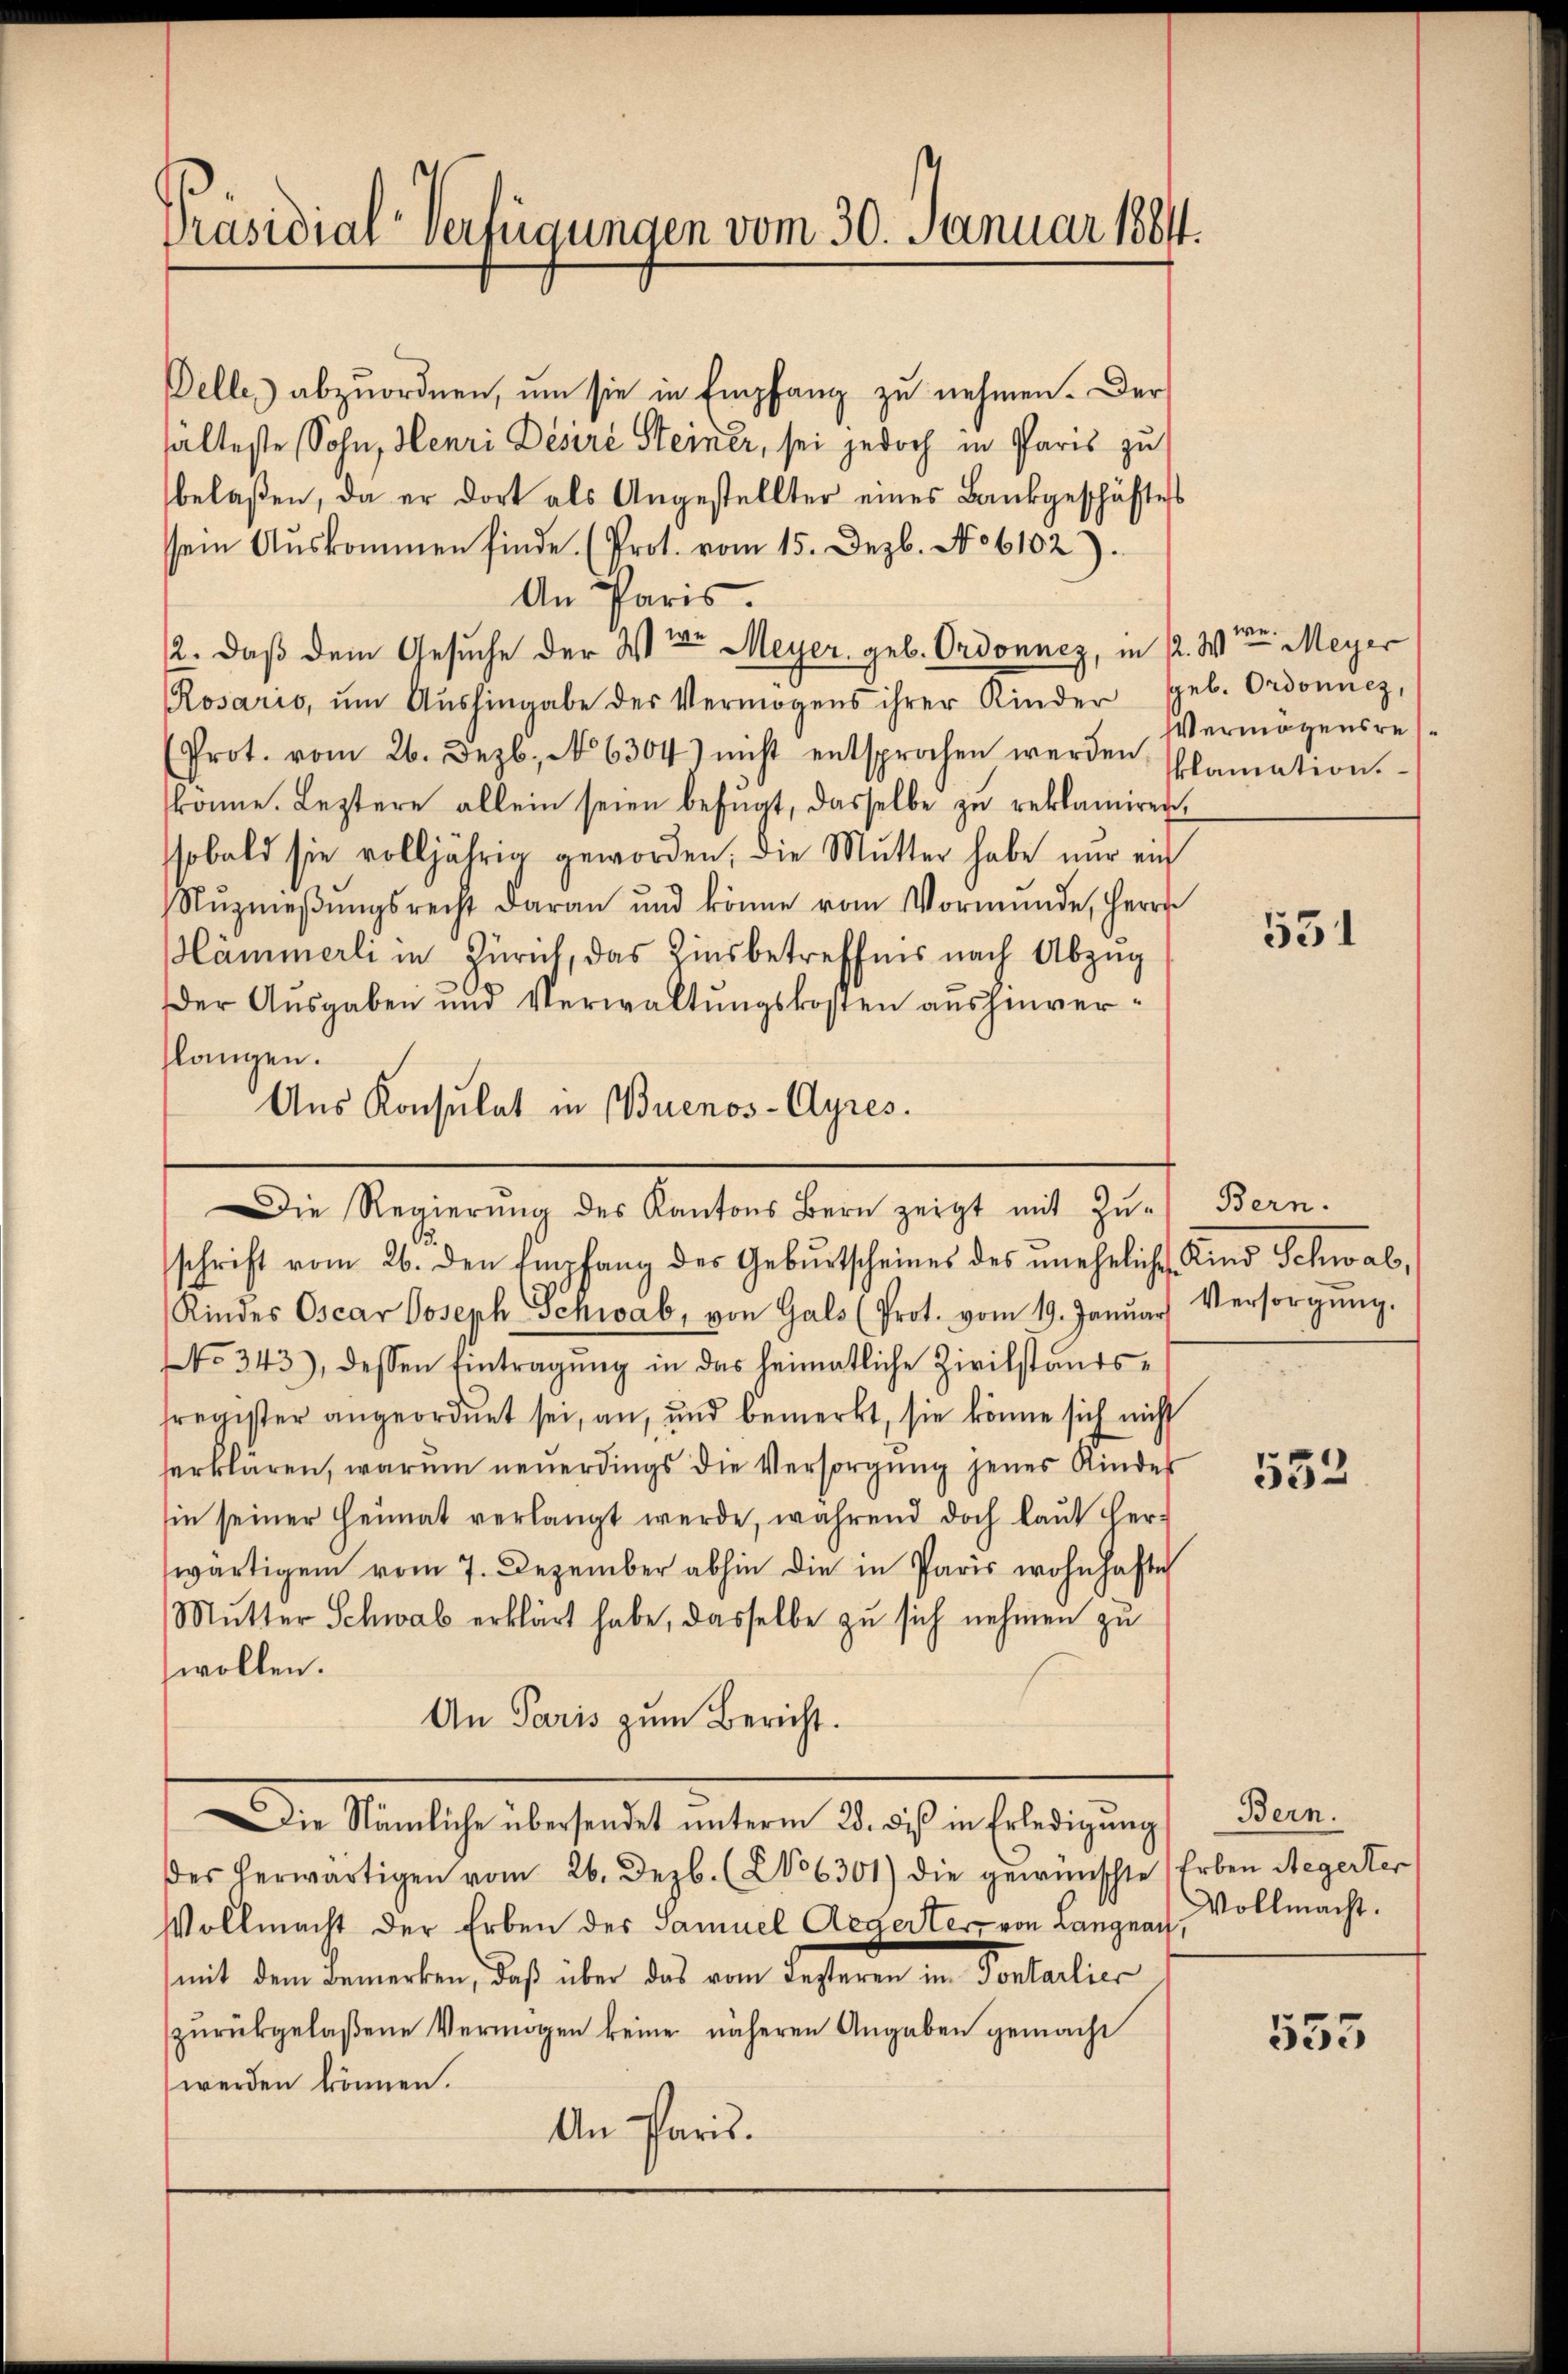
Präsidial-Verfügungen vom 30. Januar 1884.

Delles abzuordnen, um sie in Empfang zu nehmen. Der
halteste Sohn, Henri Désire Steiner, sei jedoch in Paris zu
belaßen, da er dort als Angestellter eines Bankgeschäftest
sein Aŭskommen finde. (Prot. vom 15. Dezb. No 6102)
An Paris.
12. daß dem Gesuche der Wer Meyer, geb. Ordonnez, in 22. Wenn Meyer
Rosario, ŭm Aŭshingabe der Vermögens ihrer Kinder geb. Ordonnez,
Prot. vom 26. Dezb. No 6304) nicht entsprochen werden solamation.
könne. Leztere allein seien befugt, dasselbe zu reklamiren,
sobald sie volljährig geworden, die Mutter habe nur auch
Nŭzmeβŭngsrecht daran und könne vom Vormünde, Herrn
ämmerli in Zürich, das Zinsbetreffnis nach Abzug
Der Ausgaben und Verwaltungskosten aushinverslangen.
Aus Konsulat in Buenos-Ayres.
Die Regierŭng des Kantons Bern zeigt mit Zŭ-
schrift vom 26. den Empfang des Geburtscheines des uneheliche Kind Schwab,
Kindes Oscar Joseph Schwab, von Gals (Prot. vom 19. Januar
NNo. 343), dessen Eintragŭng in das heimatliche Zivilstands-
sregister angeordnet sei, an, und bemerkt, sie könne sich nicht
serklären, warum neuerdings die Versorgung jenes Kinder
sin seiner Heimat verlangt werde, während doch laŭt her-
wärtigem vom 7. Dezember abhin die in Paris wohnhafte
Mutter Schwab erklärt habe, dasselbe zu sich nehmen zu
wollen.
An Paris zum Bericht.

ie Nämliche übersendet ŭnterm 28. des in Erledigŭng

Vermögensre

des herwärtigen vom 26. Dezb. (206301) die gewünschte Erben Regerter
Vollmacht der Erben des Samuel Aegerter von Langnach, Vollmacht.
mit dem Bemerken, daß über das vom Lezteren im Sontarlier
zŭrückgelaßene Vermögen keine näheren Angaben gemacht
werden können.
An Paris.

551

Bern.
Versorgung.

552

Bern.

555